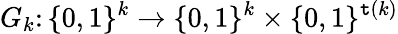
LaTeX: G_{k}\colon\{ 0,1\} ^{k}\to\{ 0,1\} ^{k}\times\{ 0,1\} ^{\mathtt{t}(k)}